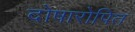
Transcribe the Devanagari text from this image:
दोषारोपित